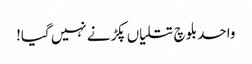
واحد بلوچ تتلیاں پکڑنے نہیں گیا!